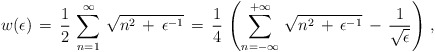
\begin{align*}w(\epsilon)\,=\,\frac{1}{2}\,\sum_{n=1}^{\infty}\,\sqrt{n^2\,+\,\epsilon^{-1}}\,=\,\frac{1}{4}\,\left(\sum_{n=-\infty}^{+\infty}\,\sqrt{n^2\,+\,\epsilon^{-1}}\,-\,\frac{1}{\sqrt{\epsilon}}\right)\,{,}\end{align*}